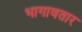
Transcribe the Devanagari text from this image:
भागावतार